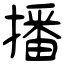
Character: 播